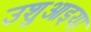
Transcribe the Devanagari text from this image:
उशुआइया